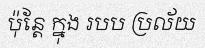
ប៉ុន្តែ ក្នុង របប ប្រល័យ